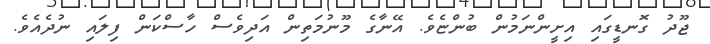
ޖޫދު ގޮނޑީގައި އިށީންނަމުން ބުންޏެވެ. އޭނާގެ މޫނުމަތިން އަދިވެސް ހާސްކަން ފިލައި ނުދެއެވެ.